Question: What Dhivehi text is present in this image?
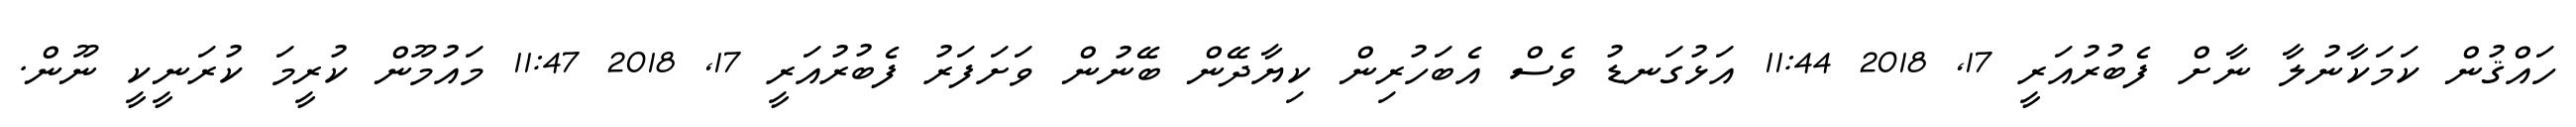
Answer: ހައްޤުން ކަމަކާނުލާ ނާށް ފެބުރުއަރީ 17, 2018 11:44 އަޅުގަނޑު ވެސް އެބަހުރިން ކިޔާދޭން ބޭނުން ވަށަފަރު ފެބުރުއަރީ 17, 2018 11:47 މައުމޫން ކުރީމަ ކުރަނީކީ ނޫން.